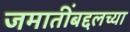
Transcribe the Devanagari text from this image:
जमातींबद्दलच्या